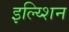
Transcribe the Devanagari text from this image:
इल्य्शिन